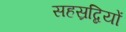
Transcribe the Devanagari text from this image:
सहस्रब्दियों